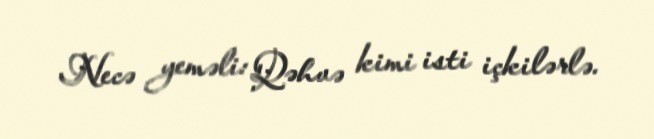
Necə yeməli: Qəhvə kimi isti içkilərlə.